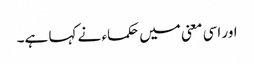
اور اسی معنی میں حکماء نے کہا ہے۔